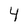
Character: 4